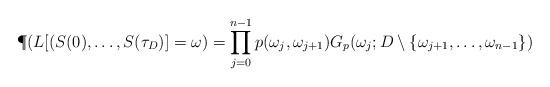
LaTeX: \begin{align*}\P (L[(S(0), \dots , S({\tau _D})]=\omega) =\prod _{j=0}^{n-1} p(\omega _j, \omega _{j+1}) G_p(\omega _j; D \setminus \{ \omega _{j+1}, \dots ,\omega _{n-1} \} )\end{align*}